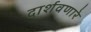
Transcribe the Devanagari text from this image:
दार्शवणारे